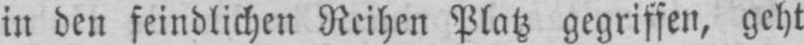
in den feindlichen Reihen Platz gegriffen, geht